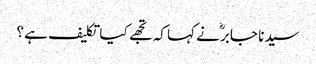
سیدنا جابرؓ نے کہا کہ تجھے کیا تکلیف ہے ؟